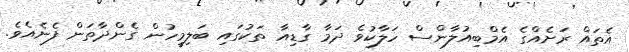
އެތައް ރަށެއްގެ އެމްބިއުލާންސް ހަލާކުވެ ދަމާ ގާޑިއާ ތަކުގައި ބަލިމީހުން ގެންދާތަން ފެނެއެވެ.